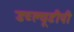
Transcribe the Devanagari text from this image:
डब्ल्यूडीपी